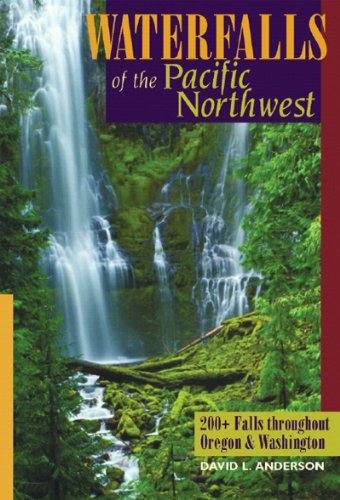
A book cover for Waterfalls of the Pacific Northwest: 200+ Falls throughout Oregon & Washington; David L. Anderson; Travel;